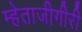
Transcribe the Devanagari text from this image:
म्हेताजीगीरी